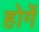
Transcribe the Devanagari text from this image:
होर्गे